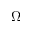
\Omega